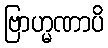
ဗြာဟ္မဏာပိ